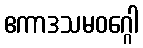
ဧကာဒသမဝဂ္ဂေါ